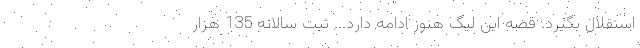
استقلال بگیرد. قصه این لیگ هنوز ادامه دارد... ثبت سالانه 135 هزار